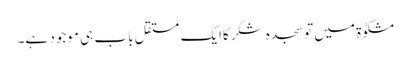
مشکوٰۃ میں تو سجدہ شکرکاایک مستقل باب ہی موجود ہے۔